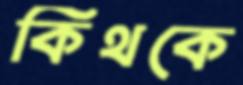
কিথকে